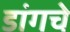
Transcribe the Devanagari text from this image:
डांगचे